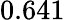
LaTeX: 0.641